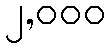
၂,၀၀၀